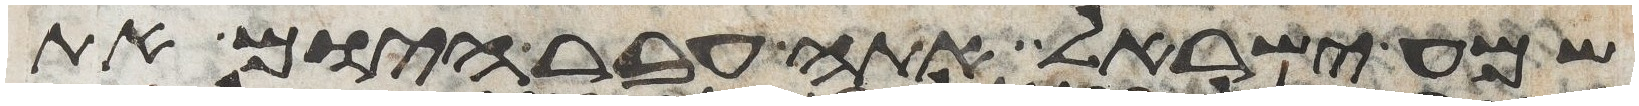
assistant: שמע ישראל אתה עבר היום את